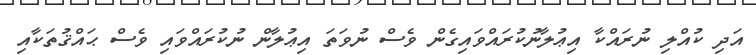
އަދި ކުއްލި ނުރައްކާ އިޢުލާނުކުރައްވައިގެން ވެސް ނުވަތަ އިޢުލާން ނުކުރައްވައި ވެސް ޙައްޤުތަކާއި